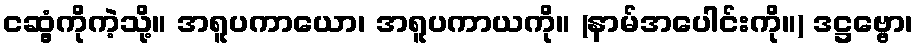
ငဆွံ့ကိုကဲ့သို့။ အရူပကာယော၊ အရူပကာယကို။ (နာမ်အပေါင်းကို။) ဒဋ္ဌဗ္ဗော၊